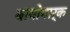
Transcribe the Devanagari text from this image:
बायोमार्क